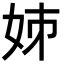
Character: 𡛷